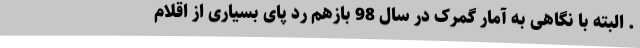
. البته با نگاهی به آمار گمرک در سال 98 بازهم رد پای بسیاری از اقلام